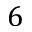
6